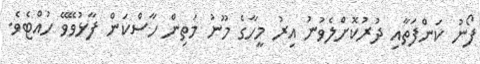
ފޯނު ކަންފަތާއި ދުރުކޮށްލެވުނު އިރު މީހާގެ މޫނު މަތިން ހާސްކަން ފާޅުވޭވޭ ހުއްޓެވެ.